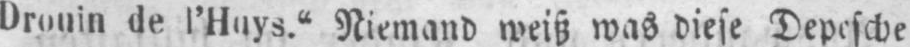
Drouin de l’Huys.“ Niemand weiß was diese Depesche